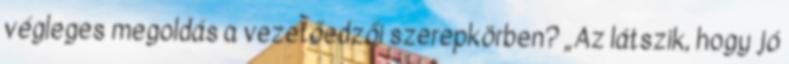
végleges megoldás a vezetőedzői szerepkörben? „Az látszik, hogy jó